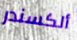
ألكسندر